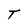
Character: T